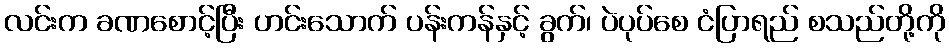
လင်းက ခဏစောင့်ပြီး ဟင်းသောက် ပန်းကန်နှင့် ခွက်၊ ပဲပုပ်စေ ငံပြာရည် စသည်တို့ကို